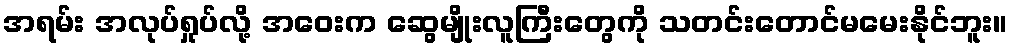
အရမ်း အလုပ်ရှုပ်လို့ အဝေးက ဆွေမျိုးလူကြီးတွေကို သတင်းတောင်မမေးနိုင်ဘူး။